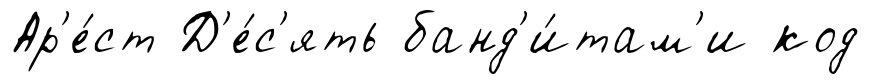
Ар'е́ст Д'е́с'ять банд'и́там'и код